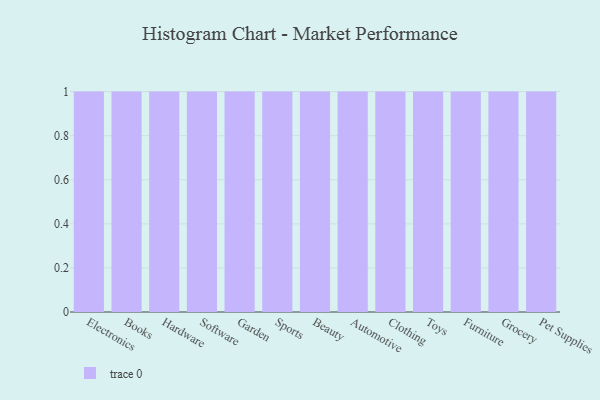
{"axis": {"x": "Category", "y": "Satisfaction Score"}, "legend": [""], "data": [{"x": "Electronics", "y": 58, "type": ""}, {"x": "Books", "y": 20, "type": ""}, {"x": "Hardware", "y": 19, "type": ""}, {"x": "Software", "y": 97, "type": ""}, {"x": "Garden", "y": 4, "type": ""}, {"x": "Sports", "y": 65, "type": ""}, {"x": "Beauty", "y": 57, "type": ""}, {"x": "Automotive", "y": 71, "type": ""}, {"x": "Clothing", "y": 95, "type": ""}, {"x": "Toys", "y": 48, "type": ""}, {"x": "Furniture", "y": 47, "type": ""}, {"x": "Grocery", "y": 10, "type": ""}, {"x": "Pet Supplies", "y": 63, "type": ""}]}